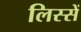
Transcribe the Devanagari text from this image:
लिस्सें